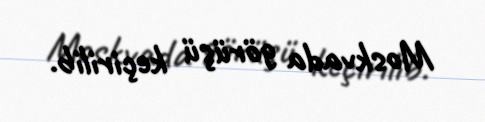
Moskvada görüşü keçirilib.